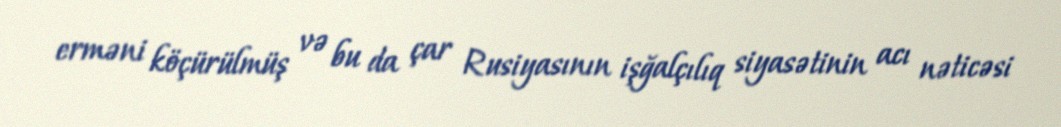
erməni köçürülmüş və bu da çar Rusiyasının işğalçılıq siyasətinin acı nəticəsi